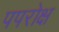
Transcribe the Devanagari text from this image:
पपरोक्ष